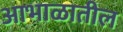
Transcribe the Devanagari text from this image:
आभाळातील